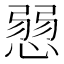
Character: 𢞔